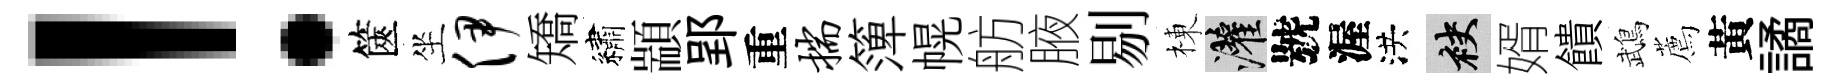
！篋坐伊矯繡顓郢重揣𥱼幌舫腋剔棟灌號渥洪袂婿饋鵡薦黃譎